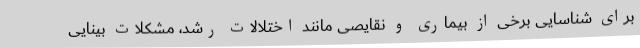
برای شناسایی برخی از بیماری و نقایصی مانند اختلالات رشد، مشکلات بینایی